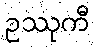
ဥဿုကီ